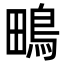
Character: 鴫